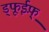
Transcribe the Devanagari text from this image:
ड्फूईफ़़्